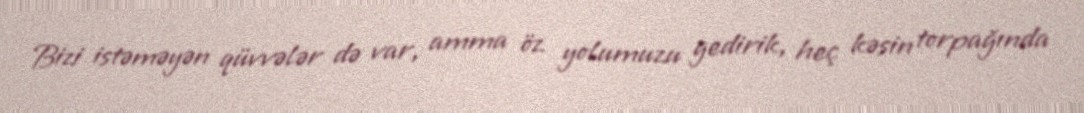
Bizi istəməyən qüvvələr də var, amma öz yolumuzu gedirik, heç kəsin torpağında